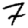
Digit: 7